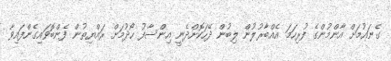
ގެނައުމަށް އާންމުންގެ ފުރިހަމަ އެއްބާރުލުން ލިބުން ދޭހަކޮށްދެނީ އިންސާފު ހޯދުމަށް ރައްޔިތުން ފެންބޮވައިގެންފައިވާ